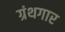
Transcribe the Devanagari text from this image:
ग्रंथगार